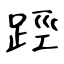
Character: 踁